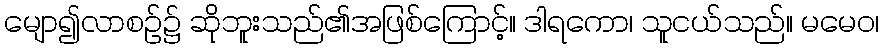
မျော၍လာစဉ်၌ ဆိုဘူးသည်၏အဖြစ်ကြောင့်။ ဒါရကော၊ သူငယ်သည်။ မမေဝ၊